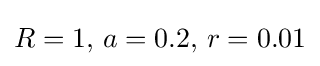
R=1,\,a=0.2,\,r=0.01